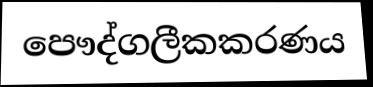
පෞද්ගලීකකරණය